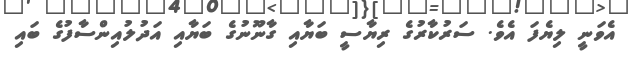
އެވަނީ ލިޔެފަ އެވެ. ސަރުކާރުގެ ރިޔާސީ ބަޔާއި ގާނޫނުގެ ބަޔާއި އަދުލުއިންސާފުގެ ބައި